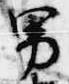
男